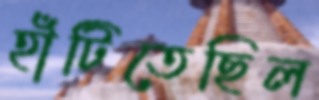
হাঁটিতেছিল